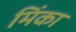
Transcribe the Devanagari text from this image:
मिंका